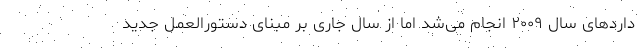
داردهای سال ۲۰۰۹ انجام می‌شد اما از سال جاری بر مبنای دستورالعمل جدید